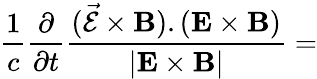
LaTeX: \frac 1c\frac{\partial}{\partial t}\frac{(\vec{\cal E}\times{\mathbf B}).({\mathbf E}\times{\mathbf B})}{|{\mathbf E}\times{\mathbf B}|}=